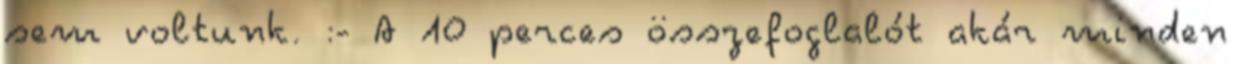
sem voltunk. :- A 10 perces összefoglalót akár minden